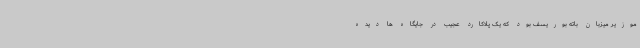
موزیر میزبان باته بوریسف بود که یک پلاکارد عجیب در جایگاه ها دیده